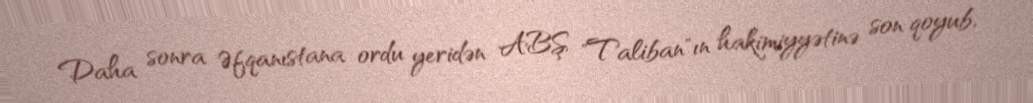
Daha sonra Əfqanıstana ordu yeridən ABŞ "Taliban"ın hakimiyyətinə son qoyub,